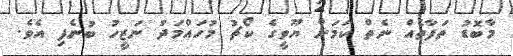
މާބޮޑު ތަފާތެއް ނެތް ކަމަށް ޔޫވީގެ ކޯޗު މުހައްމަދު ނަޒީހު ބުނެފި އެވެ.